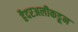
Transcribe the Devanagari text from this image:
हैदरअलीकडून